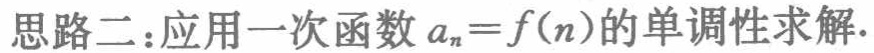
思路二：应用一次函数 \(a_{n}=f(n)\)的单调性求解.